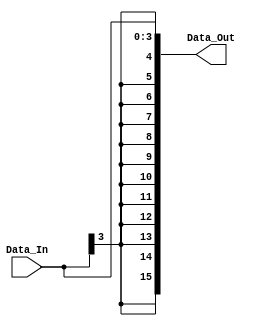
`timescale 1ns / 1ps
//////////////////////////////////////////////////////////////////////////////////
// Module Name: SignExtend_4to16
// ECE425L LAB #4
// Purpose: Sign extend 4bit number to 16 bit number
//////////////////////////////////////////////////////////////////////////////////

//                      (Rd[4b] , SignExtendedRd[16b])
module SignExtend_4to16(Data_In, Data_Out);
    input signed [3:0] Data_In;
    output signed [15:0] Data_Out;
    //wire [15:0] SE1,SE2;
    
    assign Data_Out = Data_In;
    //assign Data_Out = {12{Data_In[3]},Data_In};
    // or (SE1,{12'b0000_0000_0000,Data_In},16'b0000_0000_0000_0000);
    //and (Data_Out,SE1,16'b1111_1111_1111_1111);
    //and a1[15:3] (SE2, Data_In[3],1);
    //and a2[2:0] (SE2,Data_In,1);
    //and a3[15:0] (Data_Out,SE2,1);
endmodule